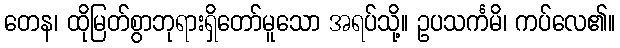
တေန၊ ထိုမြတ်စွာဘုရားရှိတော်မူသော အရပ်သို့။ ဥပသင်္ကမိ၊ ကပ်လေ၏။